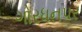
ગોરધનપર